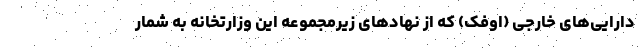
دارایی‌های خارجی (اوفک) که از نهادهای زیرمجموعه این وزارتخانه به شمار